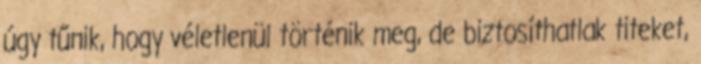
úgy tűnik, hogy véletlenül történik meg, de biztosíthatlak titeket,